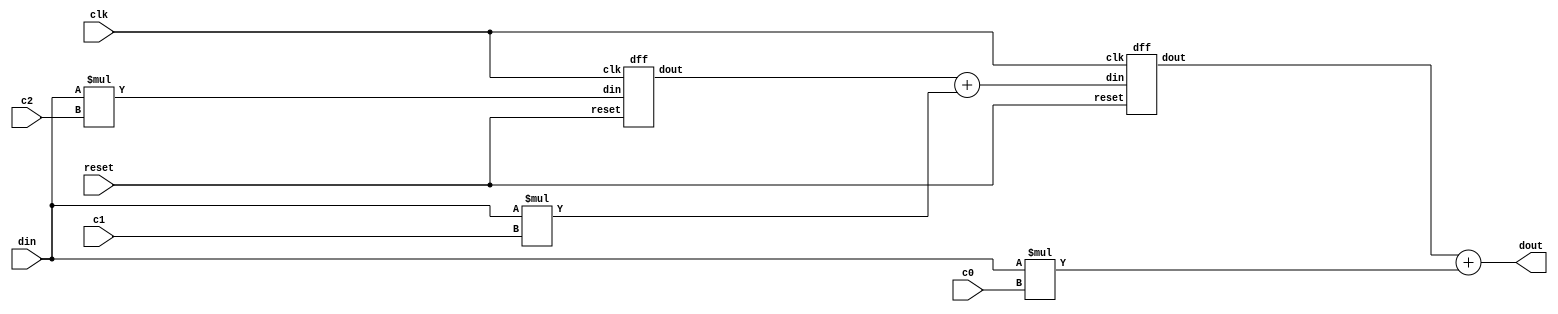
`timescale 1ns / 1ps
//////////////////////////////////////////////////////////////////////////////////
// Company: 
// Engineer: 
// 
// Design Name: 
// Module Name: FIR
// Project Name: 
// Target Devices: 
// Tool Versions: 
// Description: 
// 
// Dependencies: 
// 
// Revision:
// Revision 0.01 - File Created
// Additional Comments:
// 
//////////////////////////////////////////////////////////////////////////////////


module FIR(
input clk,
input reset,
input [7:0] din,
input [7:0] c0,
input [7:0] c1,
input [7:0] c2,
output [15:0] dout
    );

wire[15:0] mult_out2, mult_out1, mult_out0;
wire[15:0] add_out1,add_out2;
wire[15:0] d1_out,d2_out;

assign mult_out2 = din * c2;
assign mult_out1 = din * c1;
assign mult_out0 = din * c0;

dff d1 (.clk(clk),.reset(reset),.din(mult_out2),.dout(d1_out));

assign add_out1 = d1_out + mult_out1;

dff d2 (.clk(clk),.reset(reset),.din(add_out1),.dout(d2_out));

assign add_out2 = d2_out + mult_out0;
assign dout = add_out2;  
  
endmodule

module dff(
input clk,
input reset,
input[15:0] din,
output reg[15:0] dout
);

always @ (posedge clk)
begin
    if (reset)
        dout <= 0;
    else 
        dout <= din;
end

endmodule